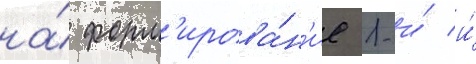
на́ форм'ирова́н'ие 1-и́ и́